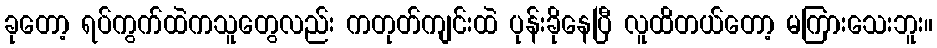
ခုတော့ ရပ်ကွက်ထဲကသူတွေလည်း ကတုတ်ကျင်းထဲ ပုန်းခိုနေပြီ လူထိတယ်တော့ မကြားသေးဘူး။